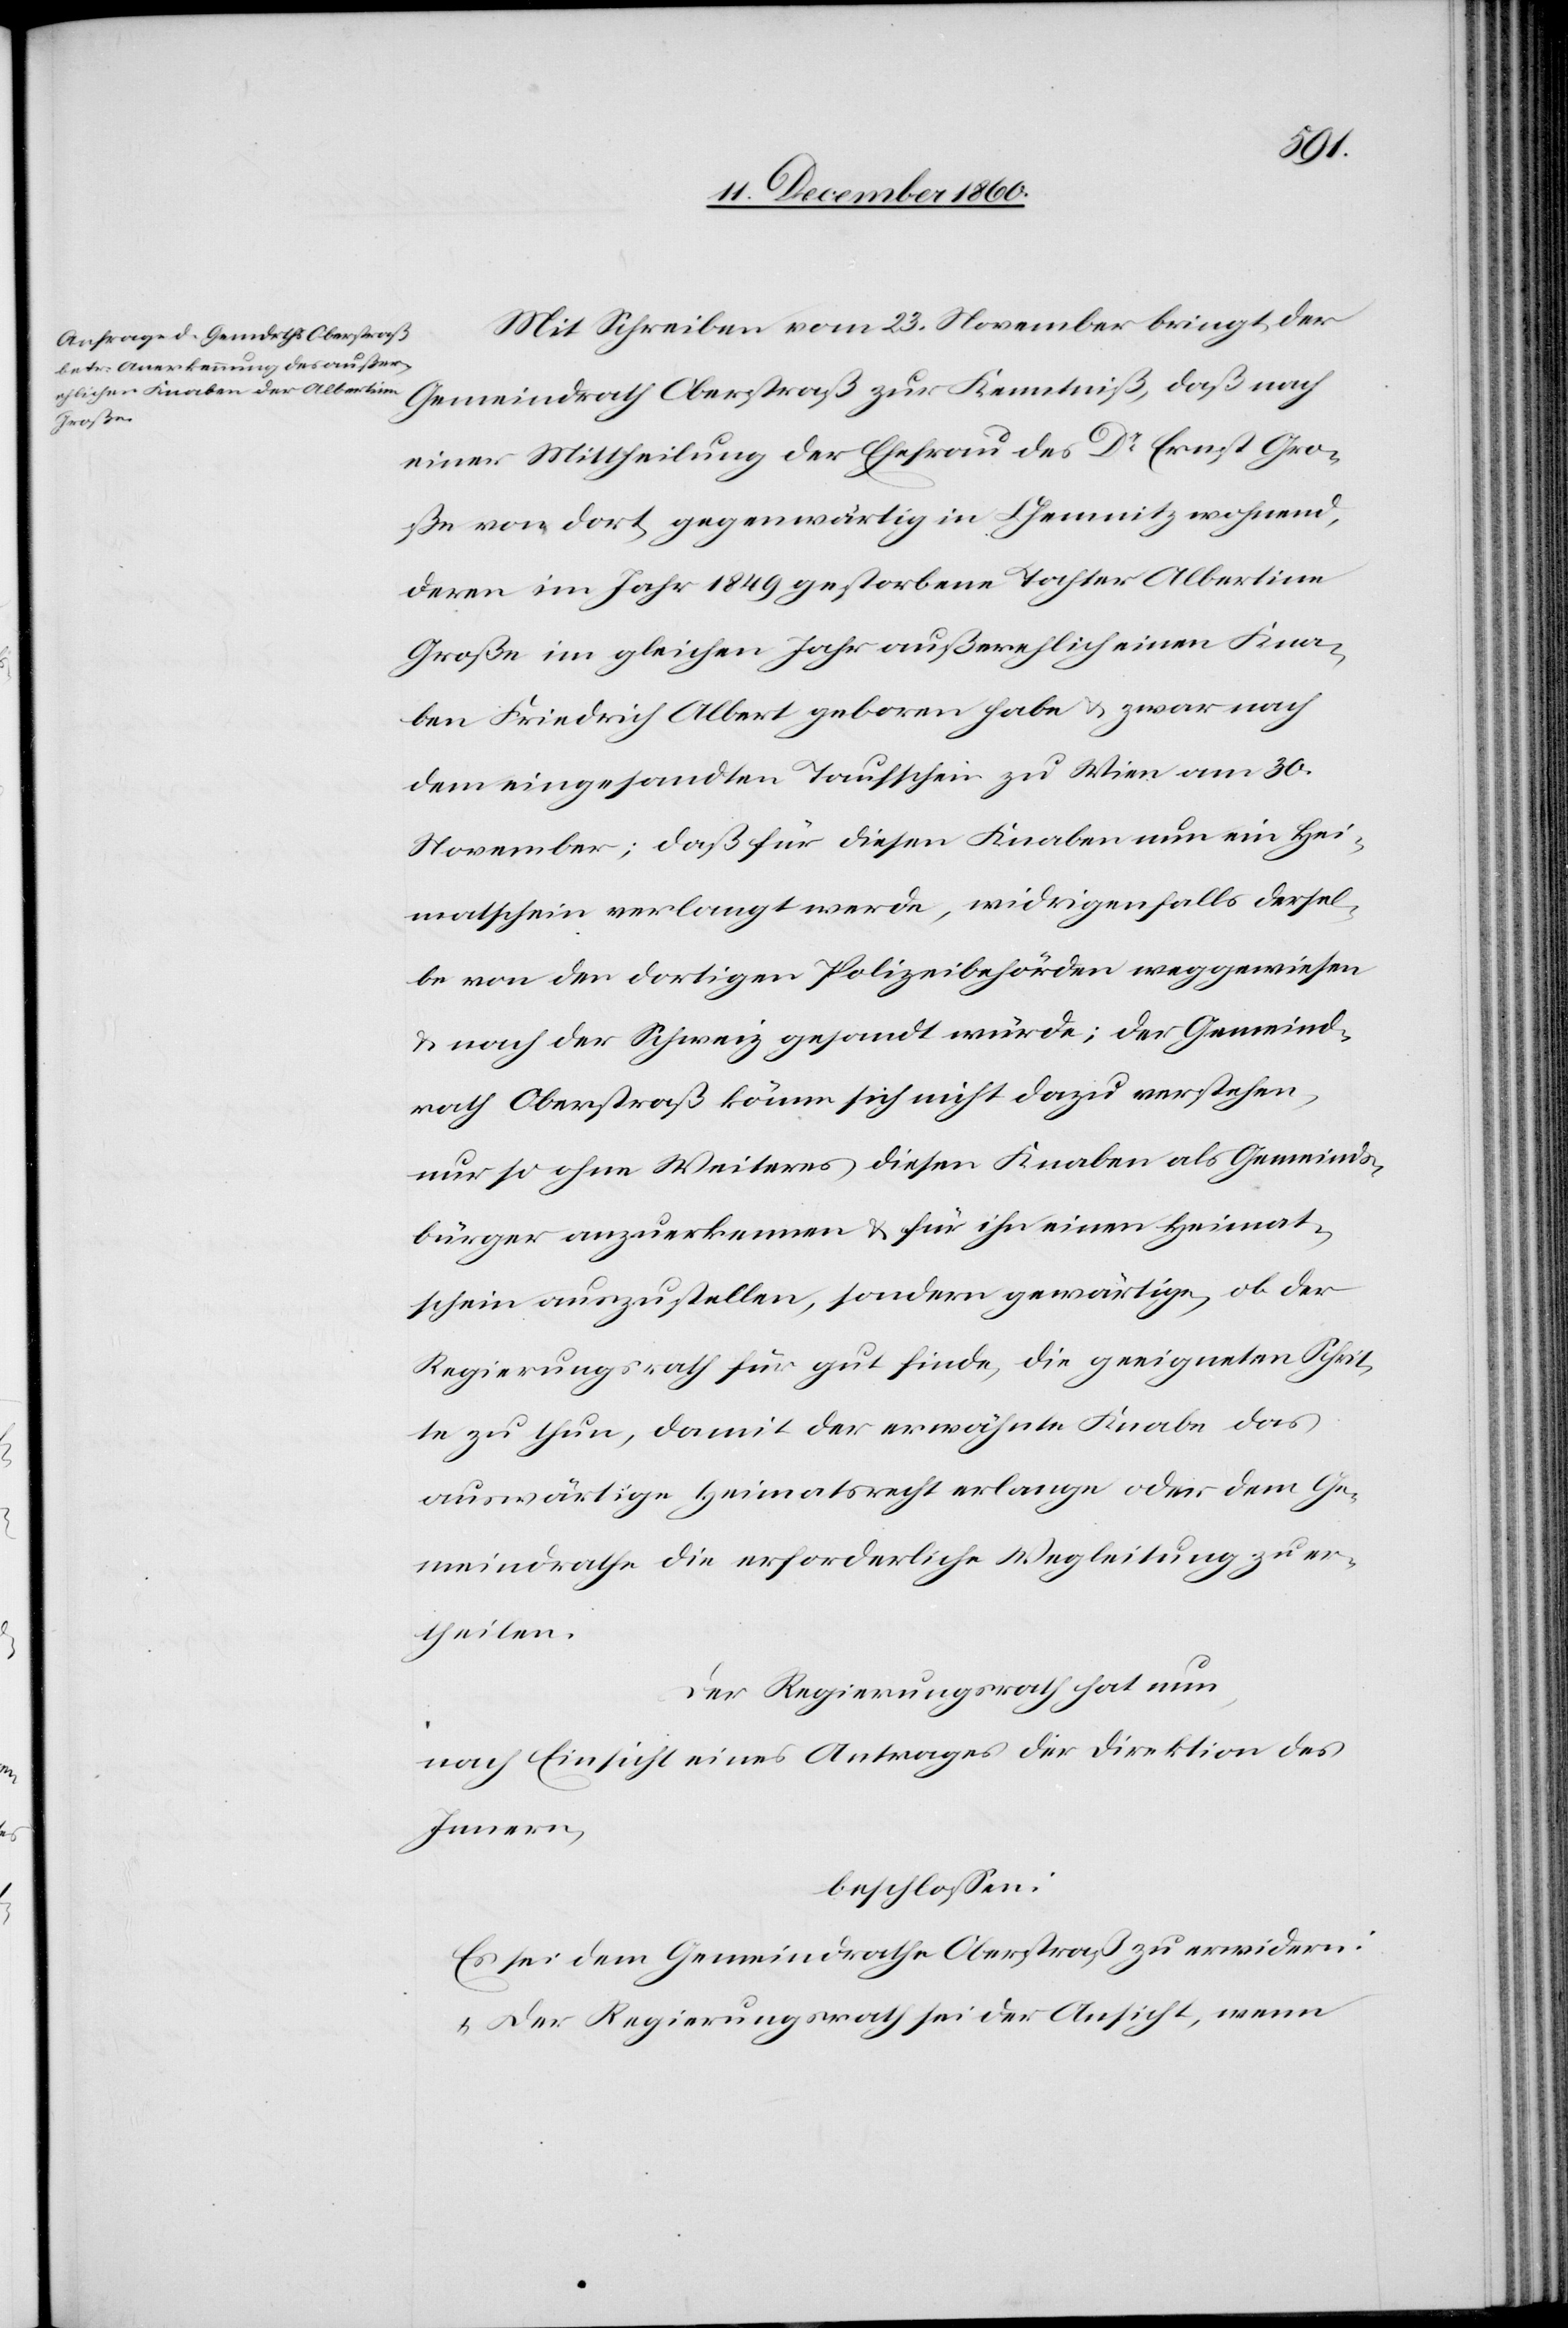
Mit Schreiben vom 23. November bringt der
Gemeindrath Oberstraß zur Kenntniß, daß nach
einer Mittheilung der Ehefrau des Dr Ernst Gro¬
ße von dort gegenwärtig in Chemnitz wohnend,
deren im Jahr 1849 gestorbene Tochter Albertine
Große im gleichen Jahr außerehlich einen Kna¬
ben Friedrich Albert geboren habe u. zwar nach
dem eingesandten Taufschein zu Wien am 30.
November; daß für diesen Knaben nun ein Hei¬
matschein verlangt werde, widrigenfalls dersel¬
be von den dortigen Polizeibehörden weggewiesen
u. nach der Schweiz gesandt würde; der Gemeind¬
rath Oberstraß könne sich nicht dazu verstehen,
nur so ohne Weiteres diesen Knaben als Gemeinds¬
bürger anzuerkennen u. für ihn einen Heimat¬
schein auszustellen, sondern gewärtige, ob der
Regierungsrath für gut finde, die geeigneten Schrit¬
te zu thun, damit der erwähnte Knabe das
auswärtige Heimatsrecht erlange oder dem Ge¬
meindrathe die erforderliche Wegleitung zu er¬
theilen.
Der Regierungsrath hat nun
nach Einsicht eines Antrages der Direktion des
Innern,
beschlossen:
Es sei dem Gemeindrathe Oberstraß zu erwidern:
„Der Regierungsrath sei der Ansicht, wenn